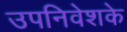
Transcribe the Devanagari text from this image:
उपनिवेशके